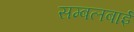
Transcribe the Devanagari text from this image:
सम्बलबाई